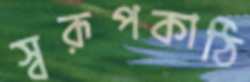
স্বরূপকাঠি